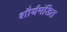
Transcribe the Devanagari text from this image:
शौर्यमंडित